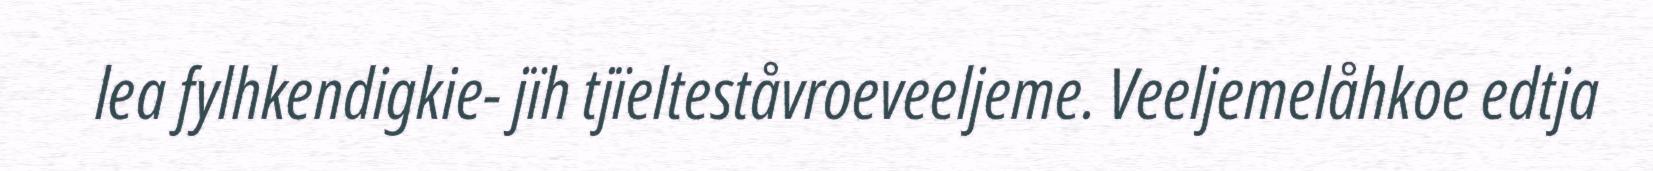
lea fylhkendigkie- jïh tjïelteståvroeveeljeme. Veeljemelåhkoe edtja